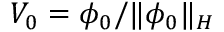
V _ { 0 } = \phi _ { 0 } / \lVert \phi _ { 0 } \rVert _ { H }